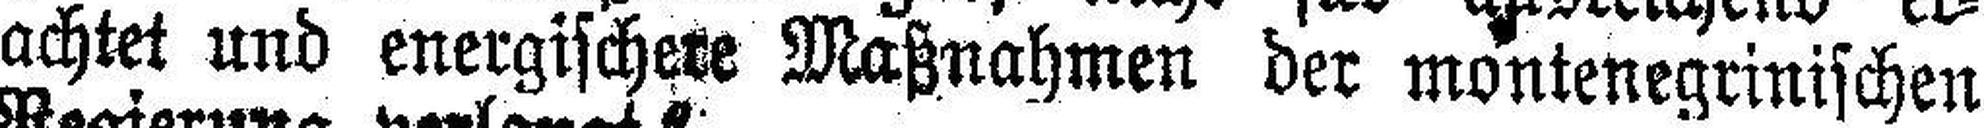
achtet und energischere Maßnahmen der montenegrinischen